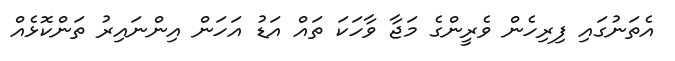
އެތަނުގައި ފިރިހެން ވެރީންގެ މަޖާ ވާހަކަ ތައް އަޑު އަހަން އިންނައިރު ތަންކޮޅެއް